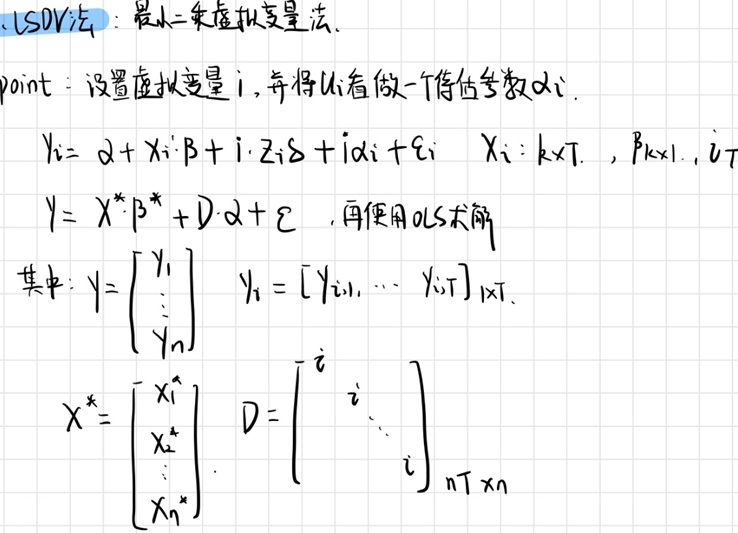
LSDV法：最小二乘虚拟变量法.
point：设置虚拟变量$i$，并将$u_i$看做一个待估参数$\alpha_i$.
\[
y_{it}=\alpha + x_{it}'\beta + i\cdot z_{it}\delta + i\alpha_i + \epsilon_{it}\quad x_{it}:k\times T,\ \beta:k\times 1,\ i = 1,\cdots,n
\]
\[
y = X^*\beta^* + D\cdot\alpha + \epsilon
\]
再使用OLS求解
其中：
\[
y=\begin{bmatrix}
y_1\\
\vdots\\
y_n
\end{bmatrix}
\]
\[
y_i = [y_{i1},\cdots,y_{iT}]_{1\times T}
\]
\[
X^*=\begin{bmatrix}
x_1^*\\
x_2^*\\
\vdots\\
x_n^*
\end{bmatrix}
\]
\[
D=\begin{bmatrix}
i\\
&i\\
&&\ddots\\
&&&i
\end{bmatrix}_{nT\times n}
\]